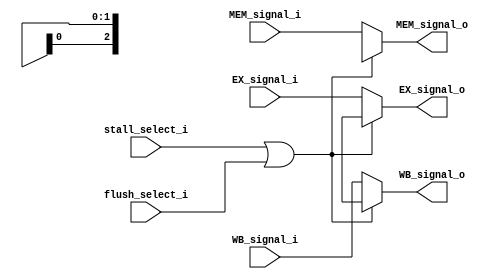
module MUX8(
	stall_select_i   ,
    flush_select_i   ,
    EX_signal_i    ,
    MEM_signal_i   ,
    WB_signal_i    ,
    EX_signal_o    ,
    MEM_signal_o   ,
    WB_signal_o   
);


input stall_select_i, flush_select_i;
input [1:0] EX_signal_i;
input [2:0] MEM_signal_i;
input [1:0] WB_signal_i;

output reg [1:0] 	EX_signal_o;
output reg [2:0] 	MEM_signal_o;
output reg [1:0] 	WB_signal_o;

always@(stall_select_i or EX_signal_i or MEM_signal_i or WB_signal_i or flush_select_i)begin
	if (stall_select_i || flush_select_i )begin
		EX_signal_o <= 2'bxx;
		MEM_signal_o <= 3'bxxx;
		WB_signal_o <= 2'bxx;
	end
	else	begin
		EX_signal_o <= EX_signal_i;
		MEM_signal_o <= MEM_signal_i;
		WB_signal_o <= WB_signal_i;
	end

end
endmodule